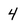
Character: 4